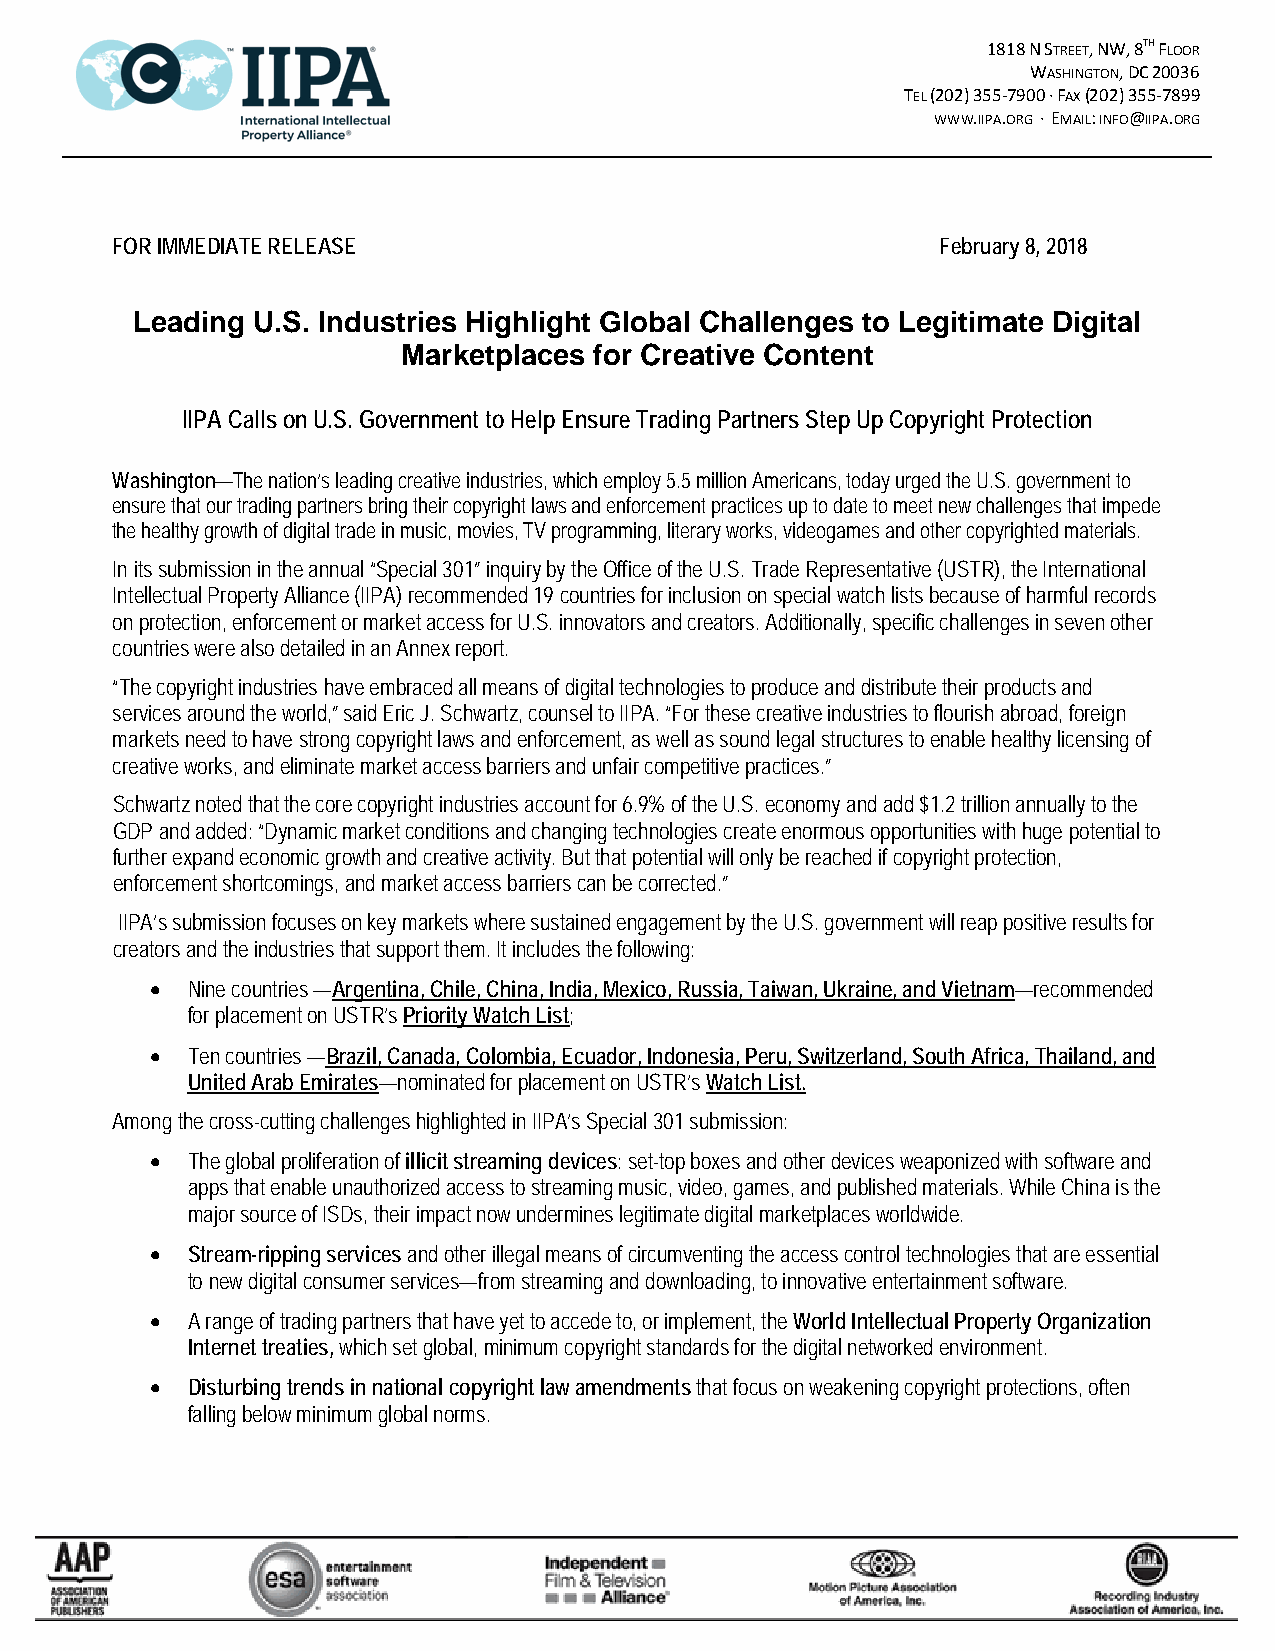
1818 N STREET, NW, 8TH FLOOR
 WASHINGTON, DC 20036
 TEL (202) 355-7900 ∙ FAX (202) 355-7899
 WWW.IIPA.ORG ∙ EMAIL: INFO@IIPA.ORG
 FOR IMMEDIATE RELEASE                                  February 8, 2018
 Leading U.S. Industries Highlight Global Challenges to Legitimate Digital
 Marketplaces for Creative Content
 IIPA Calls on U.S. Government to Help Ensure Trading Partners Step Up Copyright Protection
 Washington—The nation’s leading creative industries, which employ 5.5 million Americans, today urged the U.S. government to
 ensure that our trading partners bring their copyright laws and enforcement practices up to date to meet new challenges that impede
 the healthy growth of digital trade in music, movies, TV programming, literary works, videogames and other copyrighted materials.
 In its submission in the annual “Special 301” inquiry by the Office of the U.S. Trade Representative (USTR), the International
 Intellectual Property Alliance (IIPA) recommended 19 countries for inclusion on special watch lists because of harmful records
 on protection, enforcement or market access for U.S. innovators and creators. Additionally, specific challenges in seven other
 countries were also detailed in an Annex report.
 “The copyright industries have embraced all means of digital technologies to produce and distribute their products and
 services around the world,” said Eric J. Schwartz, counsel to IIPA. “For these creative industries to flourish abroad, foreign
 markets need to have strong copyright laws and enforcement, as well as sound legal structures to enable healthy licensing of
 creative works, and eliminate market access barriers and unfair competitive practices.”
 Schwartz noted that the core copyright industries account for 6.9% of the U.S. economy and add $1.2 trillion annually to the
 GDP and added: “Dynamic market conditions and changing technologies create enormous opportunities with huge potential to
 further expand economic growth and creative activity. But that potential will only be reached if copyright protection,
 enforcement shortcomings, and market access barriers can be corrected.”
 IIPA’s submission focuses on key markets where sustained engagement by the U.S. government will reap positive results for
 creators and the industries that support them. It includes the following:
 • Nine countries —Argentina, Chile, China, India, Mexico, Russia, Taiwan, Ukraine, and Vietnam—recommended
 for placement on USTR’s Priority Watch List;
 • Ten countries —Brazil, Canada, Colombia, Ecuador, Indonesia, Peru, Switzerland, South Africa, Thailand, and
 United Arab Emirates—nominated for placement on USTR’s Watch List.
 Among the cross-cutting challenges highlighted in IIPA’s Special 301 submission:
 • The global proliferation of illicit streaming devices: set-top boxes and other devices weaponized with software and
 apps that enable unauthorized access to streaming music, video, games, and published materials. While China is the
 major source of ISDs, their impact now undermines legitimate digital marketplaces worldwide.
 • Stream-ripping services and other illegal means of circumventing the access control technologies that are essential
 to new digital consumer services—from streaming and downloading, to innovative entertainment software.
 • A range of trading partners that have yet to accede to, or implement, the World Intellectual Property Organization
 Internet treaties, which set global, minimum copyright standards for the digital networked environment.
 • Disturbing trends in national copyright law amendments that focus on weakening copyright protections, often
 falling below minimum global norms.